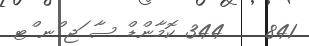
841    344 ކޮމާންޑް ސާ ަޖ ްނ ްޓ